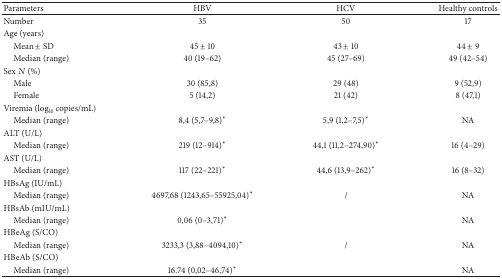
<table><thead><tr><td><b>Parameters</b></td><td><b>HBV</b></td><td><b>HCV</b></td><td><b>Healthy controls</b></td></tr></thead><tbody><tr><td>Number</td><td>35</td><td>50</td><td>17</td></tr><tr><td>Age (years)</td><td> </td><td> </td><td> </td></tr><tr><td> Mean ± SD</td><td>45 ± 10</td><td>43 ± 10</td><td>44 ± 9</td></tr><tr><td> Median (range)</td><td>40 (19–62)</td><td>45 (27–69)</td><td>49 (42–54)</td></tr><tr><td>Sex <i>N</i> (%)</td><td> </td><td> </td><td> </td></tr><tr><td> Male</td><td>30 (85,8) </td><td>29 (48) </td><td>9 (52,9)</td></tr><tr><td> Female</td><td>5 (14,2) </td><td>21 (42) </td><td>8 (47,1)</td></tr><tr><td>Viremia (log<sub>10</sub> copies/mL) </td><td> </td><td> </td><td> </td></tr><tr><td> Median (range)</td><td>8,4 (5,7–9,8)<sup>*</sup></td><td>5,9 (1,2–7,5)<sup>*</sup></td><td>NA</td></tr><tr><td>ALT (U/L) </td><td> </td><td> </td><td> </td></tr><tr><td> Median (range)</td><td>219 (12–914)<sup>*</sup></td><td>44,1 (11,2–274,90)<sup>*</sup></td><td>16 (4–29)</td></tr><tr><td>AST (U/L)</td><td> </td><td> </td><td> </td></tr><tr><td> Median (range)</td><td>117 (22–221)<sup>*</sup></td><td>44,6 (13,9–262)<sup>*</sup></td><td>16 (8–32)</td></tr><tr><td>HBsAg (IU/mL) </td><td> </td><td> </td><td> </td></tr><tr><td> Median (range)</td><td>4697,68 (1243,65–55925,04)<sup>*</sup></td><td>/</td><td>NA</td></tr><tr><td>HBsAb (mIU/mL)</td><td> </td><td> </td><td> </td></tr><tr><td> Median (range)</td><td>0,06 (0–3,71)<sup>*</sup></td><td> </td><td>NA</td></tr><tr><td>HBeAg (S/CO) </td><td> </td><td> </td><td> </td></tr><tr><td> Median (range)</td><td>3233,3 (3,88–4094,10)<sup>*</sup></td><td>/</td><td>NA</td></tr><tr><td>HBeAb (S/CO)</td><td> </td><td> </td><td> </td></tr><tr><td> Median (range)</td><td>16.74 (0,02–46,74)<sup>*</sup></td><td> </td><td>NA</td></tr></tbody></table>